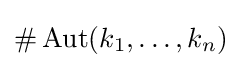
\#\operatorname {Aut} (k_{1},\ldots ,k_{n})